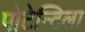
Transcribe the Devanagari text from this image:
पोटेन्टिला